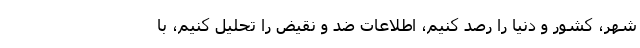
شهر، کشور و دنیا را رصد کنیم، اطلاعات ضد و نقیض را تحلیل کنیم، با